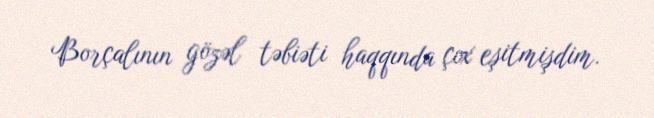
Borçalının gözəl təbiəti haqqında çox eşitmişdim.